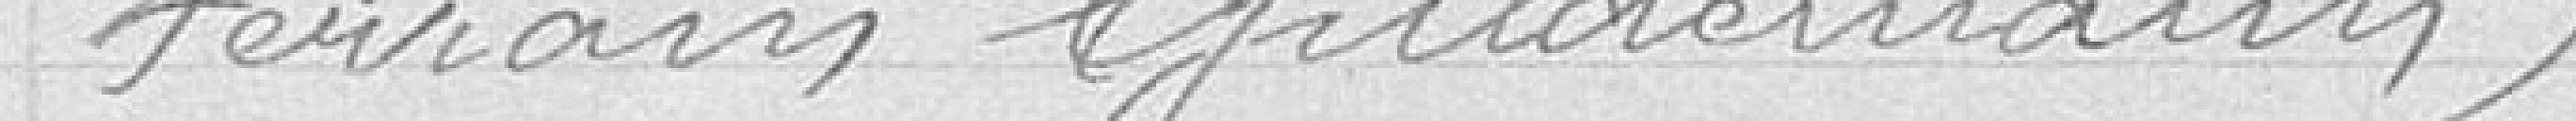
terrain Guldemann)